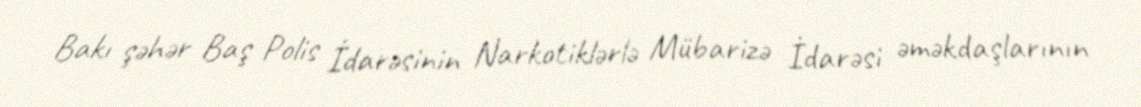
Bakı şəhər Baş Polis İdarəsinin Narkotiklərlə Mübarizə İdarəsi əməkdaşlarının